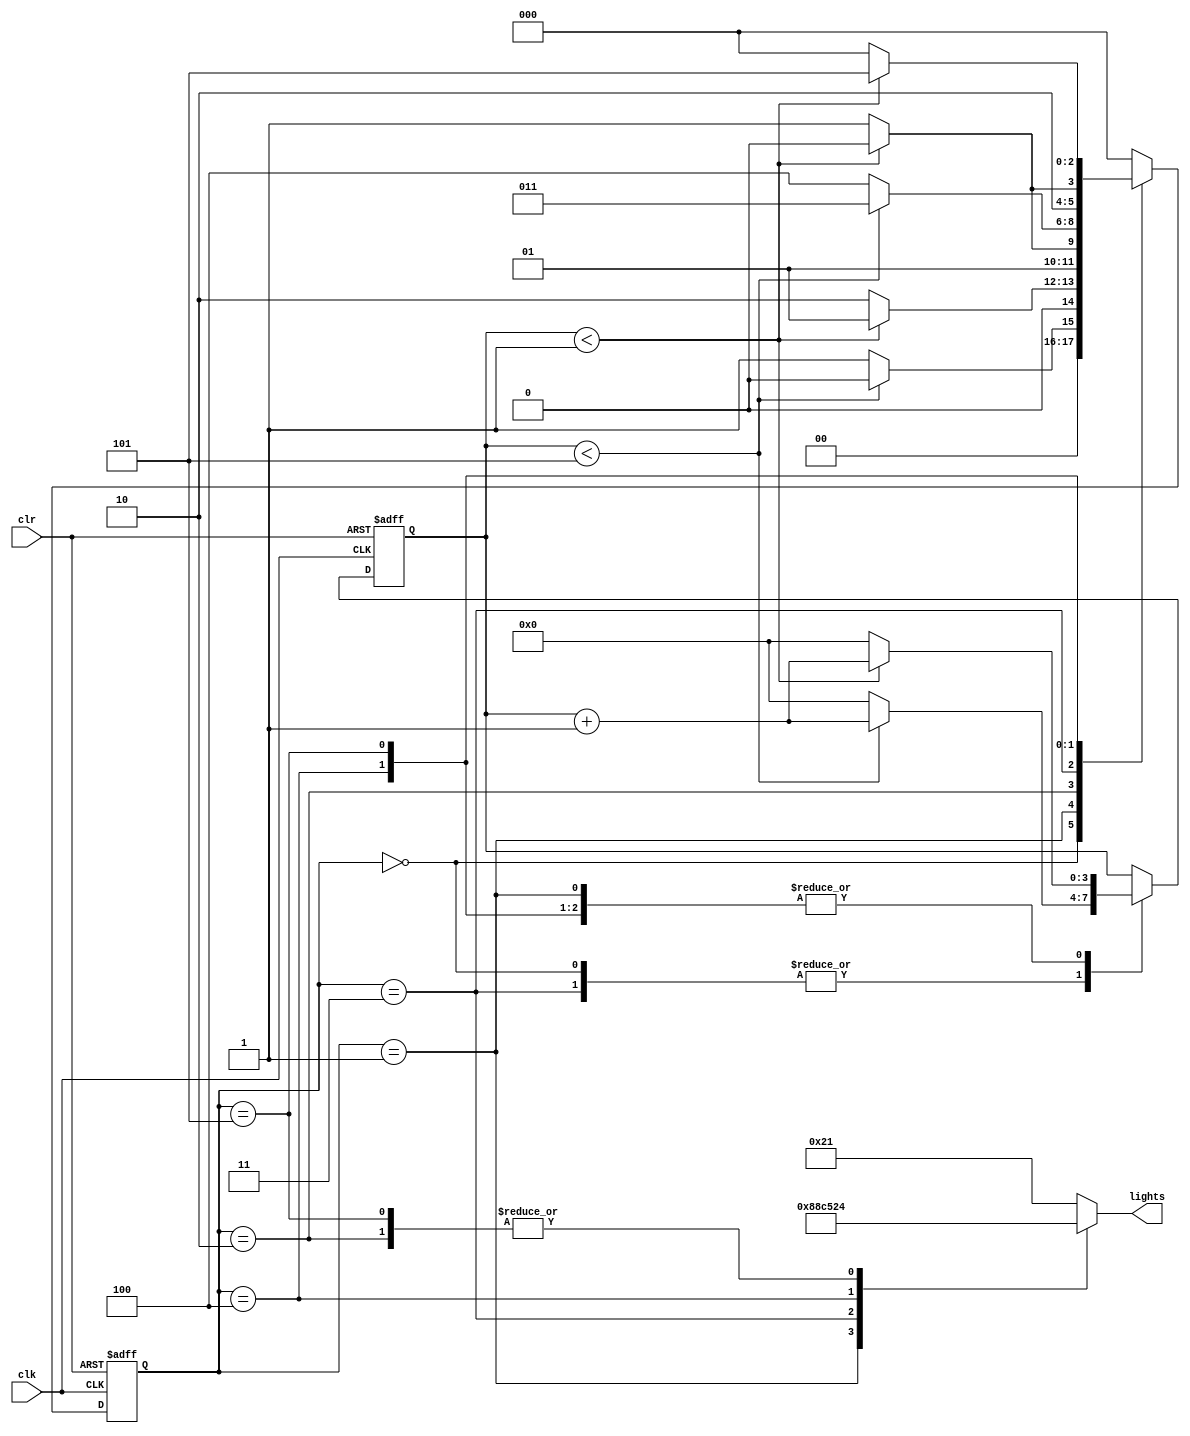
module trafficLightController (
input wire clk ,
input wire clr ,
output reg [5:0] lights
);
reg [2:0] state;
reg [3:0] count;
parameter S0 = 3'b000, S1 =3'b001, S2 = 3'b010, // states
 S3 = 3'b011, S4 = 3'b100, S5 = 3'b101;
parameter SEC5 = 4'b0101, SEC1 = 4'b0001; // delays
always @(posedge clk or posedge clr)
 begin
 if (clr == 1)
 begin
 state = S0;
 count = 0;
 end
 else
 case(state)
 S0: if(count < SEC5)
 begin
 state = S0;
 count = count + 1'b1;
 end
 else
 begin
 state = S1;
 count = 0;
 end
 S1: if(count < SEC1)
 begin
 state = S1;
 count = count + 1'b1;
 end
 else
 begin
 state = S2;
 count = 0;
 end
 S2: if(count < SEC1)
 begin
 state = S2;
 count = count + 1'b1;
 end
 else
 begin
 state = S3;
 count = 0;
 end 
S3: if(count < SEC5)
 begin
 state = S3;
 count = count + 1'b1;
 end
 else
 begin
 state = S4;
 count = 0;
 end
 S4: if(count < SEC1)
 begin
 state = S4;
 count = count + 1'b1;
 end
 else
 begin
 state = S5;
 count = 0;
 end
 S5: if(count < SEC1)
 begin
 state = S5;
 count = count + 1'b1;
 end
 else
 begin
 state = S0;
 count = 0;
 end
default state = S0;
 endcase
 end
always @(*)
 begin
 case(state)
 S0: lights = 6'b100001;
 S1: lights = 6'b100010;
 S2: lights = 6'b100100;
 S3: lights = 6'b001100;
 S4: lights = 6'b010100;
 S5: lights = 6'b100100;
 default lights = 6'b100001;
 endcase
 end
endmodule